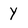
Character: Y